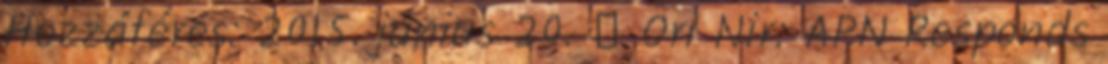
Hozzáférés: 2015. június 20. ↑ Ori Nir: APN Responds